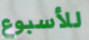
للأسبوع